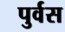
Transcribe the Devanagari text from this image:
पुर्वस